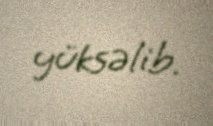
yüksəlib.